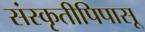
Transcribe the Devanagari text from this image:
संस्कृतीपिपासू